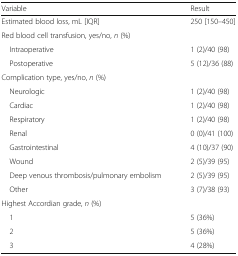
<table><thead><tr><td><b>Variable</b></td><td><b>Result</b></td></tr></thead><tbody><tr><td>Estimated blood loss, mL [IQR]</td><td>250 [150–450]</td></tr><tr><td colspan="2">Red blood cell transfusion, yes/no, <i>n</i> (%)</td></tr><tr><td> Intraoperative</td><td>1 (2)/40 (98)</td></tr><tr><td> Postoperative</td><td>5 (12)/36 (88)</td></tr><tr><td colspan="2">Complication type, yes/no, <i>n</i> (%)</td></tr><tr><td> Neurologic</td><td>1 (2)/40 (98)</td></tr><tr><td> Cardiac</td><td>1 (2)/40 (98)</td></tr><tr><td> Respiratory</td><td>1 (2)/40 (98)</td></tr><tr><td> Renal</td><td>0 (0)/41 (100)</td></tr><tr><td> Gastrointestinal</td><td>4 (10)/37 (90)</td></tr><tr><td> Wound</td><td>2 (5)/39 (95)</td></tr><tr><td> Deep venous thrombosis/pulmonary embolism</td><td>2 (5)/39 (95)</td></tr><tr><td> Other</td><td>3 (7)/38 (93)</td></tr><tr><td colspan="2">Highest Accordian grade, <i>n</i> (%)</td></tr><tr><td> 1</td><td>5 (36%)</td></tr><tr><td> 2</td><td>5 (36%)</td></tr><tr><td> 3</td><td>4 (28%)</td></tr></tbody></table>